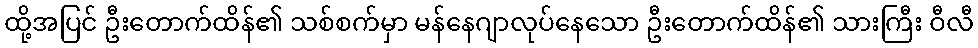
ထို့အပြင် ဦးတောက်ထိန်၏ သစ်စက်မှာ မန်နေဂျာလုပ်နေသော ဦးတောက်ထိန်၏ သားကြီး ဝီလီ